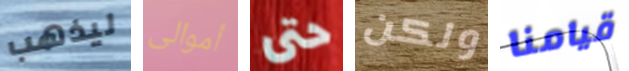
ليذهب أموالى حتى ولكن قيامنا